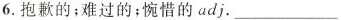
6.抱歉的；难过的；惋惜的adj.___